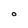
Character: O